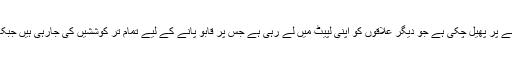
ریاستی فائربریگیڈ کے چیف کا کہنا ہے کہ آگ وسیع پیمانے پر پھیل چکی ہے جو دیگر علاقوں کو اپنی لپیٹ میں لے رہی ہے جس پر قابو پانے کے لیے تمام تر کوششیں کی جارہی ہیں جبکہ دیگر شہروں سے بھی فائر ٹینڈرز کو طلب کرلیا گیاہے۔